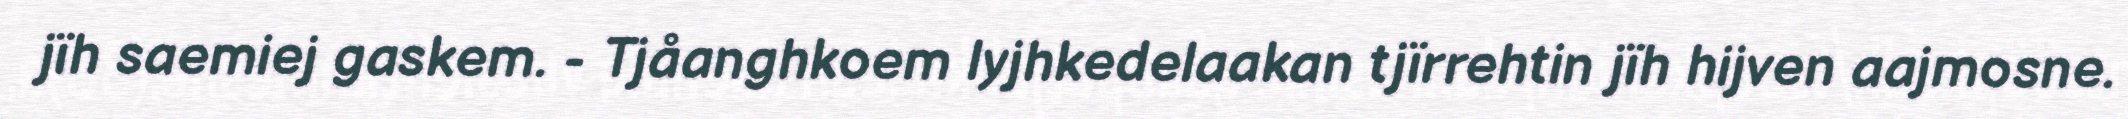
jïh saemiej gaskem. - Tjåanghkoem lyjhkedelaakan tjïrrehtin jïh hijven aajmosne.